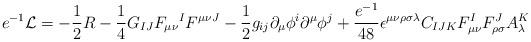
LaTeX: \begin{align*}e^{-1} {\cal L} = -{1\over 2} R - {1\over 4} G_{IJ} F_{\mu\nu} {}^IF^{\mu\nu J}-{1\over 2} g_{ij} \partial_{\mu} \phi^i \partial^\mu \phi^j+{e^{-1}\over 48} \epsilon^{\mu\nu\rho\sigma\lambda} C_{IJK} F_{\mu\nu}^IF_{\rho\sigma}^JA_\lambda^K\end{align*}